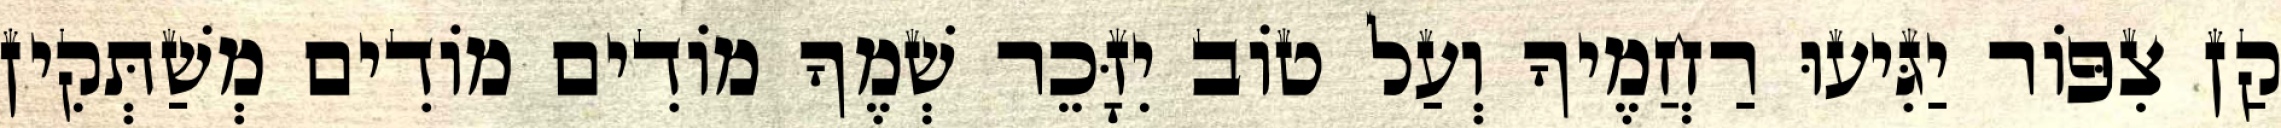
קַן צִפּוֹר יַגִּיעוּ רַחֲמֶיךָ וְעַל טוֹב יִזָּכֵר שְׁמֶךָ מוֹדִים מוֹדִים מְשַׁתְּקִין